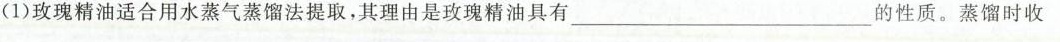
(1)玫瑰精油适合用水蒸气蒸馏法提取，其理由是玫瑰精油具有___的性质。蒸馏时收